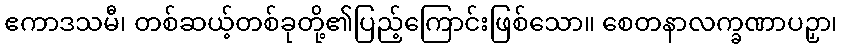
ဧကာဒသမီ၊ တစ်ဆယ့်တစ်ခုတို့၏ပြည့်ကြောင်းဖြစ်သော။ စေတနာလက္ခဏာပဉှာ၊